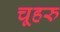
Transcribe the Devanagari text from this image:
चूहरु